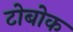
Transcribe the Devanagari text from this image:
टोबोक